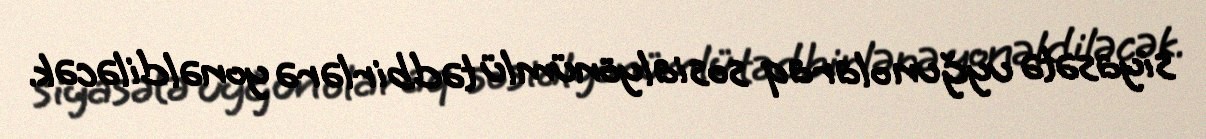
siyasətə uyğun olaraq sosialyönümlü tədbirlərə yonəldiləcək.